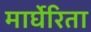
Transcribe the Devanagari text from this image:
मार्घेरिता